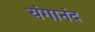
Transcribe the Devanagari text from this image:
यंगानंद